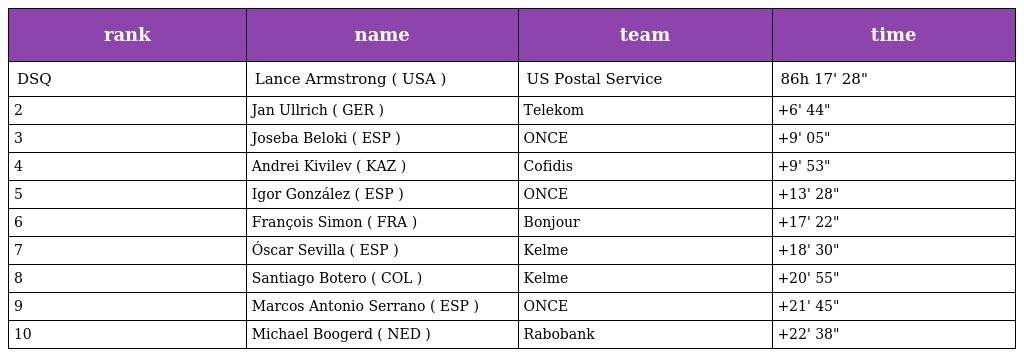
| rank | name | team | time |
 | --- | --- | --- | --- |
 | DSQ | Lance Armstrong ( USA ) | US Postal Service | 86h 17' 28" |
 | 2 | Jan Ullrich ( GER ) | Telekom | +6' 44" |
 | 3 | Joseba Beloki ( ESP ) | ONCE | +9' 05" |
 | 4 | Andrei Kivilev ( KAZ ) | Cofidis | +9' 53" |
 | 5 | Igor González ( ESP ) | ONCE | +13' 28" |
 | 6 | François Simon ( FRA ) | Bonjour | +17' 22" |
 | 7 | Óscar Sevilla ( ESP ) | Kelme | +18' 30" |
 | 8 | Santiago Botero ( COL ) | Kelme | +20' 55" |
 | 9 | Marcos Antonio Serrano ( ESP ) | ONCE | +21' 45" |
 | 10 | Michael Boogerd ( NED ) | Rabobank | +22' 38" |